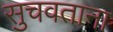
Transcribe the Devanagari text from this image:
सुचवताना